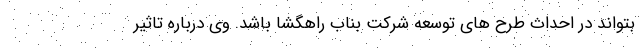
بتواند در احداث طرح های توسعه شرکت بناب راهگشا باشد. وی درباره تاثیر